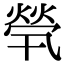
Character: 焭